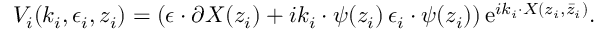
V _ { i } ( k _ { i } , \epsilon _ { i } , z _ { i } ) = ( \epsilon \cdot \partial X ( z _ { i } ) + i k _ { i } \cdot \psi ( z _ { i } ) \, \epsilon _ { i } \cdot \psi ( z _ { i } ) ) \, \mathrm { e } ^ { i k _ { i } \cdot X ( z _ { i } , \bar { z } _ { i } ) } .